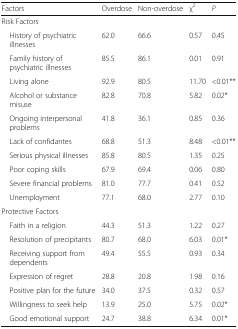
<table><thead><tr><td><b>Factors</b></td><td><b>Overdose</b></td><td><b>Non-overdose</b></td><td><b>χ<sup>2</sup></b></td><td><b><i>P</i></b></td></tr></thead><tbody><tr><td colspan="5">Risk Factors</td></tr><tr><td> History of psychiatric illnesses</td><td>62.0</td><td>66.6</td><td>0.57</td><td>0.45</td></tr><tr><td> Family history of psychiatric illnesses</td><td>85.5</td><td>86.1</td><td>0.01</td><td>0.91</td></tr><tr><td> Living alone</td><td>92.9</td><td>80.5</td><td>11.70</td><td>&lt;0.01**</td></tr><tr><td> Alcohol or substance misuse</td><td>82.8</td><td>70.8</td><td>5.82</td><td>0.02*</td></tr><tr><td> Ongoing interpersonal problems</td><td>41.8</td><td>36.1</td><td>0.85</td><td>0.36</td></tr><tr><td> Lack of confidantes</td><td>68.8</td><td>51.3</td><td>8.48</td><td>&lt;0.01**</td></tr><tr><td> Serious physical illnesses</td><td>85.8</td><td>80.5</td><td>1.35</td><td>0.25</td></tr><tr><td> Poor coping skills</td><td>67.9</td><td>69.4</td><td>0.06</td><td>0.80</td></tr><tr><td> Severe financial problems</td><td>81.0</td><td>77.7</td><td>0.41</td><td>0.52</td></tr><tr><td> Unemployment</td><td>77.1</td><td>68.0</td><td>2.77</td><td>0.10</td></tr><tr><td colspan="5">Protective Factors</td></tr><tr><td> Faith in a religion</td><td>44.3</td><td>51.3</td><td>1.22</td><td>0.27</td></tr><tr><td> Resolution of precipitants</td><td>80.7</td><td>68.0</td><td>6.03</td><td>0.01*</td></tr><tr><td> Receiving support from dependents</td><td>49.4</td><td>55.5</td><td>0.93</td><td>0.34</td></tr><tr><td> Expression of regret</td><td>28.8</td><td>20.8</td><td>1.98</td><td>0.16</td></tr><tr><td> Positive plan for the future</td><td>34.0</td><td>37.5</td><td>0.32</td><td>0.57</td></tr><tr><td> Willingness to seek help</td><td>13.9</td><td>25.0</td><td>5.75</td><td>0.02*</td></tr><tr><td> Good emotional support</td><td>24.7</td><td>38.8</td><td>6.34</td><td>0.01*</td></tr></tbody></table>